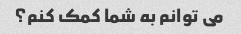
می توانم به شما کمک کنم؟